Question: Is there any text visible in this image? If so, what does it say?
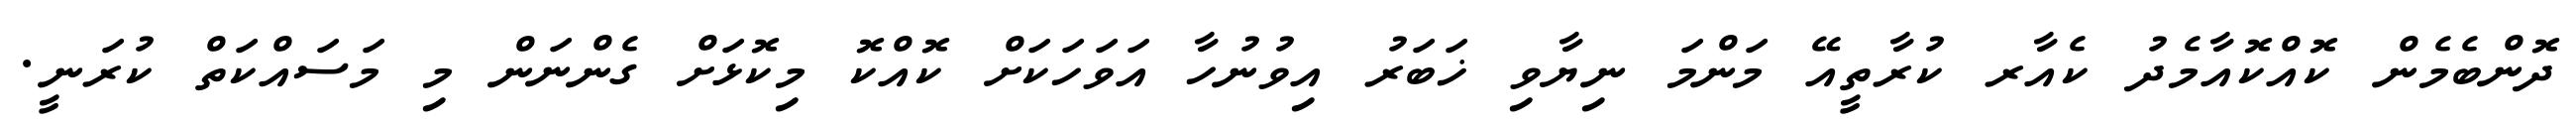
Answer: ދޮންބެމެން ކޮއްކޮއާމެދު ކެއާރ ކުރާތީއޭ މަންމަ ނިޔާވި ޚަބަރު އިވުނުހާ އަވަހަކަށް ކޮއްކޮ މިކޮޅަށް ގެންނަން މި މަސައްކަތް ކުރަނީ.